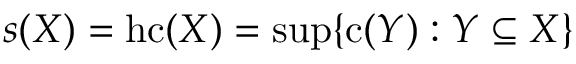
s ( X ) = \mathrm { { h c } } ( X ) = \operatorname* { s u p } \{ \mathrm { { c } } ( Y ) : Y \subseteq X \}